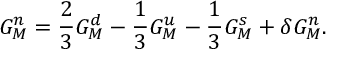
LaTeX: G _ { M } ^ { n } = \frac { 2 } { 3 } G _ { M } ^ { d } - \frac { 1 } { 3 } G _ { M } ^ { u } - \frac { 1 } { 3 } G _ { M } ^ { s } + \delta G _ { M } ^ { n } .